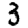
Digit: 3